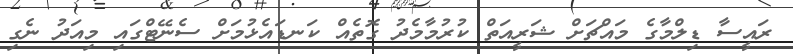
ރައީސާ ޑިލްމާގެ މައްޗަށް ޝަރީއަތް ކުރުމާމެދު ގޮތެއް ކަނޑައެޅުމަށް ސެނޭޓްގައި މިއަދު ނެގި